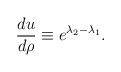
LaTeX: \begin{align*}{du\over d\rho}\equiv e^{\lambda_{2}-\lambda_{1}}.\end{align*}